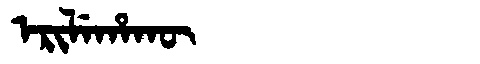
Manchu: ᡝᡵᡳᠯᡝᡥᠠᡴᡡ
Romanization: ERILEHAKŪ